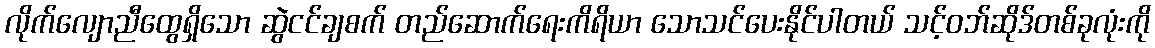
လိုက်လျောညီထွေရှိသော ဆွဲငင်ချစက် တည်ဆောက်ရေးကိရိယာ သောသင်ပေးနိုင်ပါတယ် သင့်ဝဘ်ဆိုဒ်တစ်ခုလုံးကို